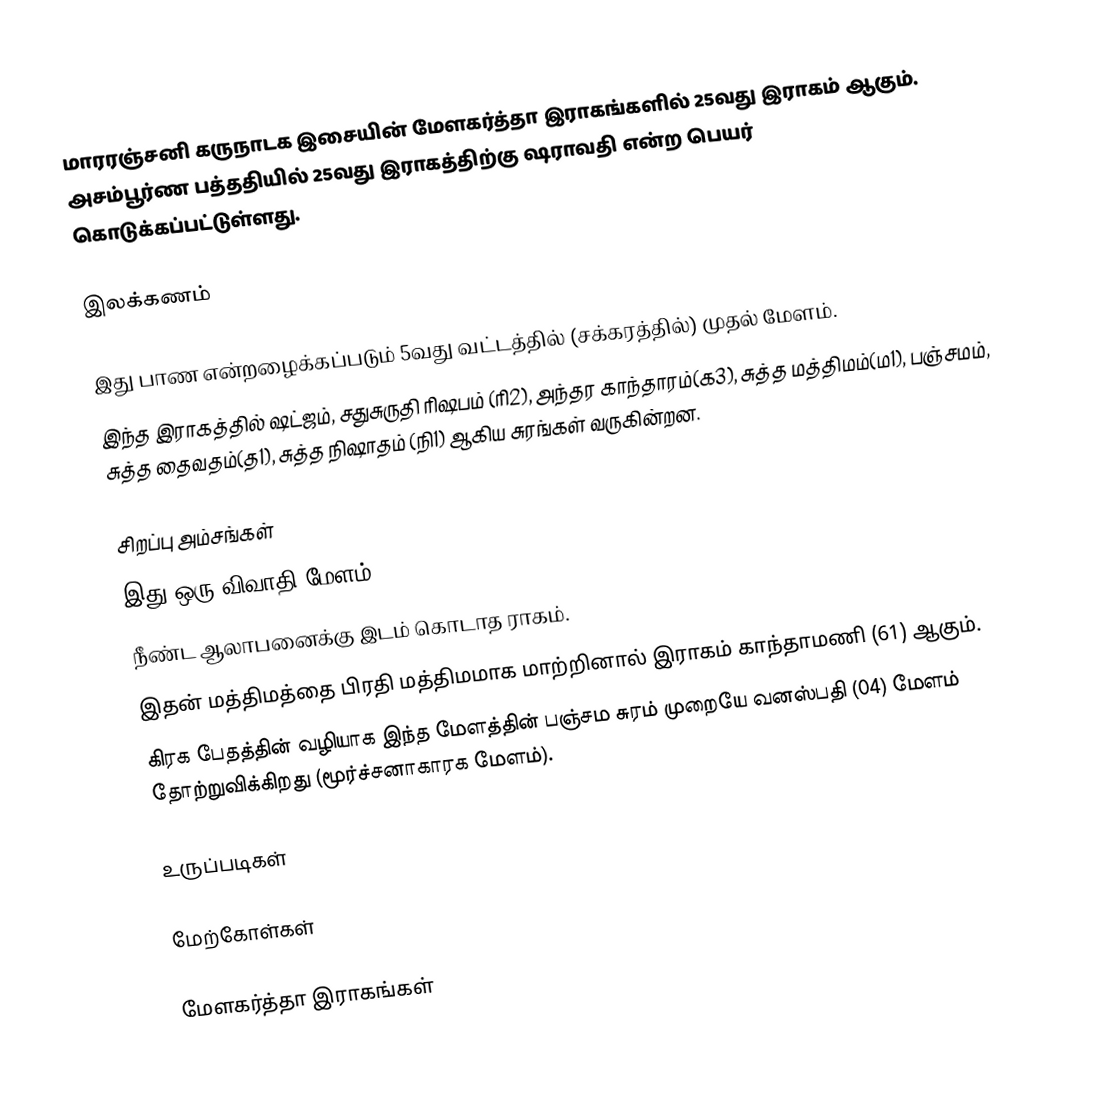
மாரரஞ்சனி கருநாடக இசையின் மேளகர்த்தா இராகங்களில் 25வது இராகம் ஆகும். அசம்பூர்ண பத்ததியில் 25வது இராகத்திற்கு ஷராவதி என்ற பெயர் கொடுக்கப்பட்டுள்ளது.

இலக்கணம்

 இது பாண என்றழைக்கப்படும் 5வது வட்டத்தில் (சக்கரத்தில்) முதல் மேளம்.
 இந்த இராகத்தில் ஷட்ஜம், சதுசுருதி ரிஷபம் (ரி2), அந்தர காந்தாரம்(க3), சுத்த மத்திமம்(ம1), பஞ்சமம், சுத்த தைவதம்(த1), சுத்த நிஷாதம் (நி1) ஆகிய சுரங்கள் வருகின்றன.

சிறப்பு அம்சங்கள்
 இது ஒரு விவாதி மேளம்.
 நீண்ட ஆலாபனைக்கு இடம் கொடாத ராகம்.
 இதன் மத்திமத்தை பிரதி மத்திமமாக மாற்றினால் இராகம் காந்தாமணி (61) ஆகும்.
 கிரக பேதத்தின் வழியாக இந்த மேளத்தின் பஞ்சம சுரம் முறையே வனஸ்பதி (04) மேளம் தோற்றுவிக்கிறது (மூர்ச்சனாகாரக மேளம்).

உருப்படிகள்

மேற்கோள்கள்

மேளகர்த்தா இராகங்கள்